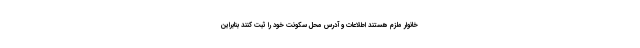
خانوار ملزم هستند اطلاعات و آدرس محل سکونت خود را ثبت کنند بنابراین